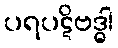
ပရပဋိဗဒ္ဓါ